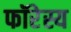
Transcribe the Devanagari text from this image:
फॉरेस्य